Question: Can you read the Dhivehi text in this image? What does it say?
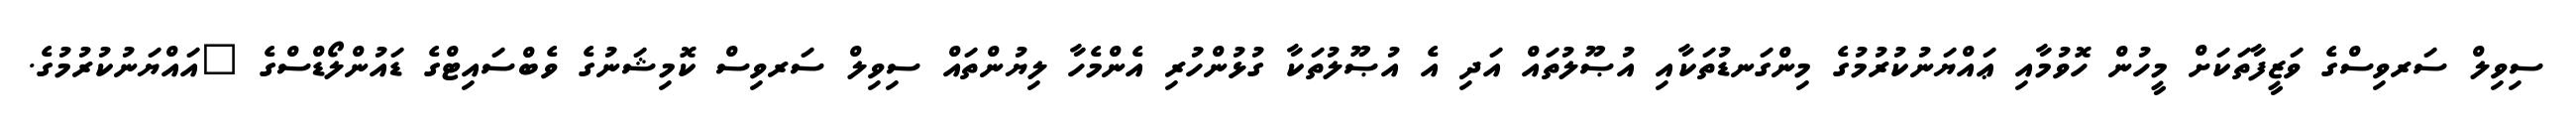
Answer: ސިވިލް ސަރވިސްގެ ވަޒީފާތަކަށް މީހުން ހޮވުމާއި ޢައްޔަނުކުރުމުގެ މިންގަނޑުތަކާއި އުޞޫލުތައް އަދި އެ އުޞޫލުތަކާ ގުޅުންހުރި އެންމެހާ ލިޔުންތައް ސިވިލް ސަރވިސް ކޮމިޝަނުގެ ވެބްސައިޓްގެ ޑައުންލޯޑްސްގެ "އައްޔަނުކުރުމުގެ.